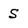
Character: 5